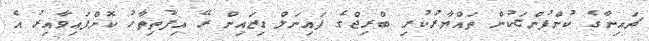
ޗައިނާގެ ކުންފުންޏަކުން ތައްޔާރުކުރި ބްރިޖްގެ ފައިނަލް ޑިޒައިން ރޭ އިފުތިތާހު ކޮށްފައިވާއިރު އެ